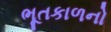
ભૂતકાળનો